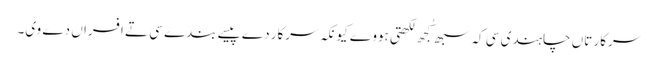
سرکار تاں چاہندی سی کہ سبھ کُجھ لکھتی ہووے کیونکہ سرکار دے پیسے بندے سی تے افسراں دے وی۔